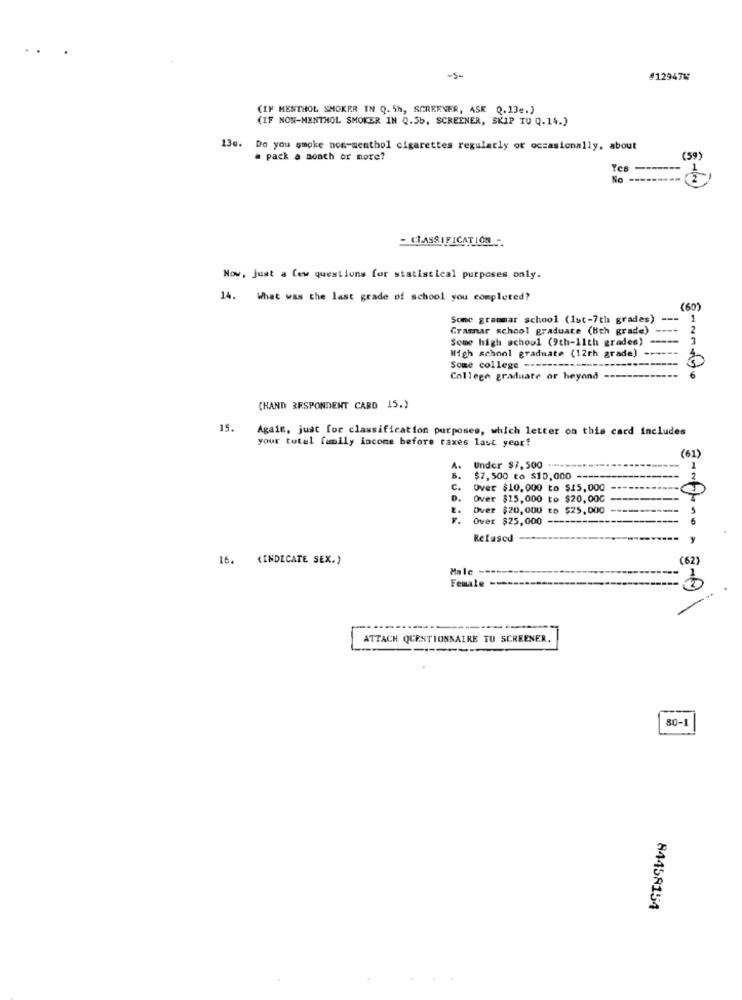
..
-5-
#129476
(IF MENTHOL SMOKER IN Q. Sh, SCREENER, ASK Q.13e.)
(IF NOW-MENTHOL SMOKER IN Q.5b, SCREENER, SKIP TU Q. 14.)
13e. Do you smoke non-menthol cigarettes regularly or occasionally, about
. pack a month or note?
(59)
Yes
No
- CLASSIFICATION -
Now, Just a few questions for statistical purposes only.
14. What was the last grade of school you completed?
(60)
Some grammar school (1st-7th grades)
--
Grammar school graduate (Bth grade)
Some high school (9th-11th grades)
High school graduate (12th grade)
Some college -------
College graduate or heyand --
(HAND RESPONDENT CARD 15.)
15.
Again, just for classification purposes, which letter on this card includes
your total family income before taxes last year!
(61)
Under $7,500 ----
$7,500 to $10,000 -----
c.
Over $10,000 to $15,000
D.
Over $15,000 to $20,000
Over $20,000 to $25,000
Over $25,000
Refused
16. (INDICATE SEX.)
(62)
Male
Female
ATTACH QUESTIONNAIRE TU SCREENER.
80-1
84458154